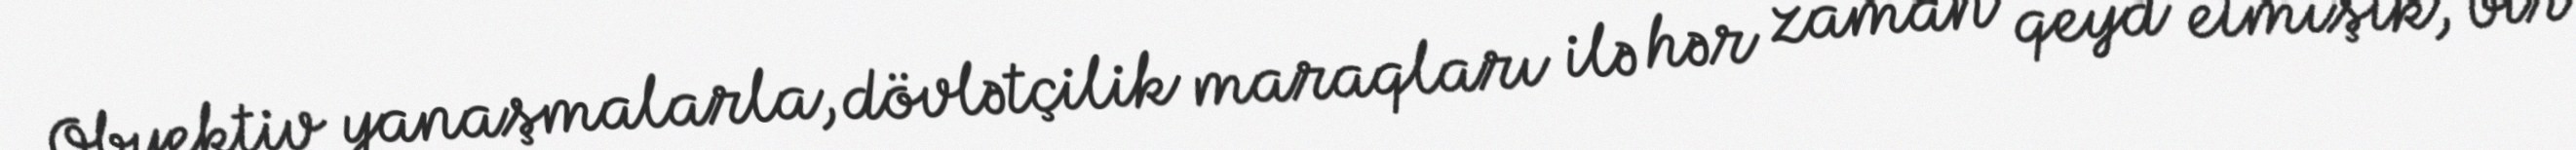
Obyektiv yanaşmalarla, dövlətçilik maraqları ilə hər zaman qeyd etmişik, bir